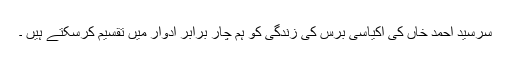
سرسید احمد خاں کی اکیاسی برس کی زندگی کو ہم چار برابر ادوار میں تقسیم کرسکتے ہیں ۔